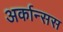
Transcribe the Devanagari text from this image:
अर्कान्सस